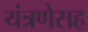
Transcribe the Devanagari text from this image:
यंत्रणेसह